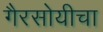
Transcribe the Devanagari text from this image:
गैरसोयीचा